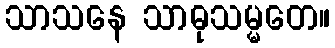
သာသနေ သာဓုသမ္မတေ။